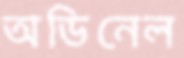
অডিনেল